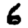
Digit: 6